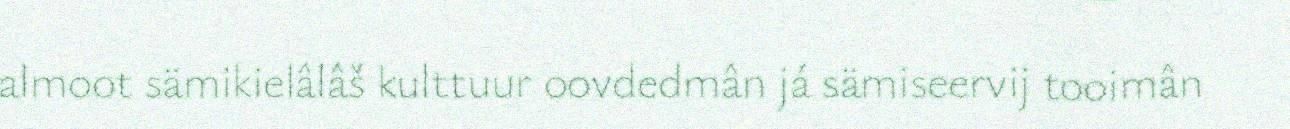
almoot sämikielâlâš kulttuur oovdedmân já sämiseervij tooimân